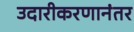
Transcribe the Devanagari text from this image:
उदारीकरणानंतर